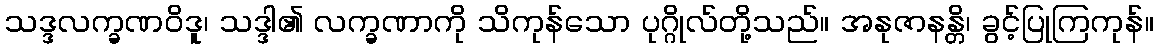
သဒ္ဒလက္ခဏဝိဒူ၊ သဒ္ဒါ၏ လက္ခဏာကို သိကုန်သော ပုဂ္ဂိုလ်တို့သည်။ အနုဇာနန္တိ၊ ခွင့်ပြုကြကုန်။